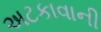
અટકાવાની